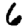
Digit: 6